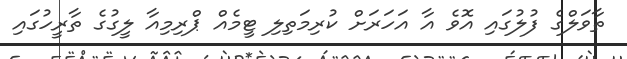
ތާވަލްގެ ފުލުގައި އޮވެ އާ އަހަރަށް ކުރިމަތިލި ޓީމެއް ޕްރިމިއާ ލީގުގެ ތާރީހުގައި